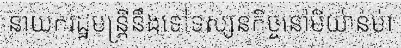
នាយករដ្ឋមន្ត្រីនឹងទៅទស្សនកិច្ចនៅមីយ៉ាន់ម៉ា